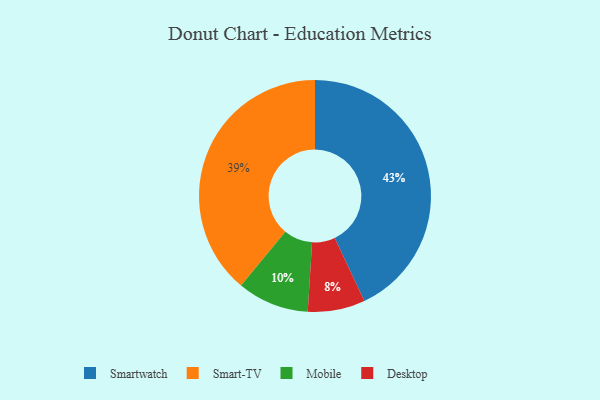
{"axis": {"x": "Category", "y": "Percentage"}, "legend": ["Desktop", "Mobile", "Smart-TV", "Smartwatch"], "data": [{"x": "Smartwatch", "y": 43, "type": "Smartwatch"}, {"x": "Mobile", "y": 10, "type": "Mobile"}, {"x": "Desktop", "y": 8, "type": "Desktop"}, {"x": "Smart-TV", "y": 39, "type": "Smart-TV"}]}